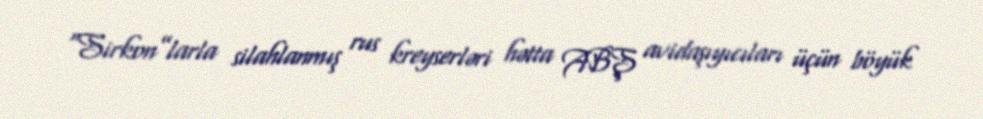
“Sirkon”larla silahlanmış rus kreyserləri hətta ABŞ avidaşıyıcıları üçün böyük